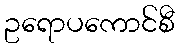
ဥရောပကောင်စီ